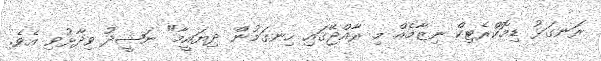
ރަނގަޅު ޑިމޮކްރެޓިކް ނިޒާމެއް މި ރާއްޖޭގައި ހިނގަމުން ދިޔައީމާ" ނަޝީދު ވިދާޅުވި އެވެ.